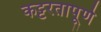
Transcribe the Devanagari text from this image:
कट्टरतापूर्ण